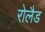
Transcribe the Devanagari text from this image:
रोलैड